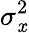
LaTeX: \sigma_{\mathit{x}}^{2}